Statistical return of the lunatic asylum in Assam - 1912-1932
Year: 1912
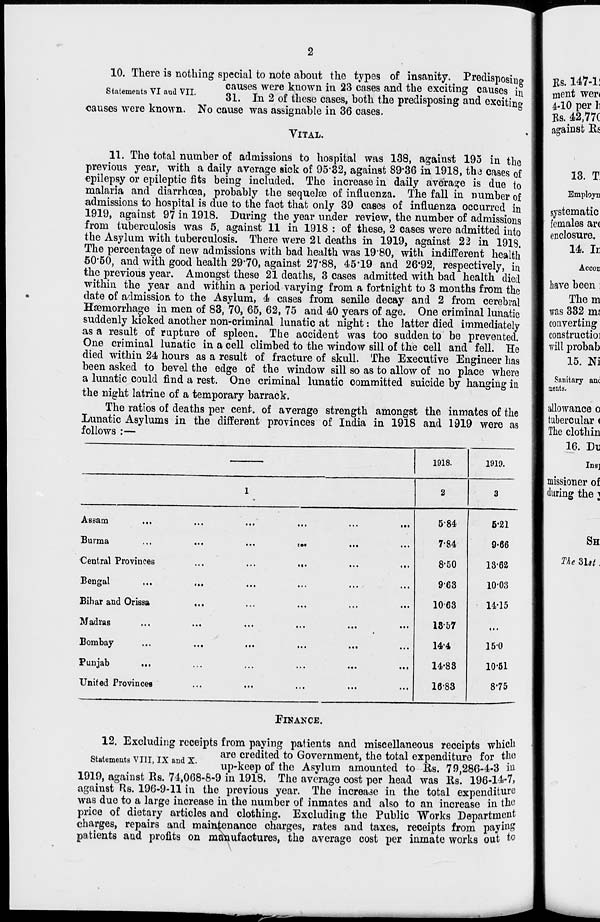
10. There is nothing special to note about the types of insanity. Predisposing
causes were known in 23 cases and the exciting causes in
Statements VI and VII.
01
T
n
- ,,
i , r .-,
v
• _ ° i
.,. u
31. In 2 of these cases, both the predisposing and excitin»
causes were known. No cause was assignable in 36 cases.
VITAL.
11. The total number of admissions to hospital was 138, against 195 in the
previous year, with a daily average sick of 95'32, against 89*36 in 1918, tha cases of
epilepsy or epileptic fits being included. The increase in daily average is due to
malaria and diarrhoea, probably the sequelae of influenza. The fall in number of
admissions to hospital is due to the fact that only 39 cases of influenza occurred in
1919, against 97 in 1918. During the year under review, the number of admissions
from tuberculosis was 5, against 11 in 1918 : of these, 2 cases were admitted into
the Asylum with tuberculosis. There were 21 deaths in 1919, against 22 in 1918.
The percentage of new admissions with bad health was 19 80, with indifferent health
50'50, and with good health 29*70, against 27*88, 45*19 and 26*92, respectively, in
the previous year. Amongst these 21 deaths, 3 cases admitted with bad health died
within the year and within a period varying from a fortnight to 3 months from the
date of admission to the Asylum, 4 cases from senile decay and 2 from cerebral
Haemorrhage in men of 83, 70, 65, 62, 75 and 40 years of age. One criminal lunatic
suddenly kicked another non-criminal lunatic at night: the latter died immediately
as a result of rupture of spleen. The accident was too sudden to be prevented.
One criminal lunatic in a cell climbed to the window sill of the cell and fell. He
died within 24 hours as a result of fracture of skull. The Executive Engineer has
been asked to bevel the edge of the window sill so as to allow of no place where
a lunatic could find a rest. One criminal lunatic committed suicide by hanging ia
the night latrine of a temporary barrack.
The ratios of deaths per cent, of average strength amongst the inmates of the
Lunatic Asylums in the different provinces of India in 1918 and 1919 were as
follows :—
1918.
1919.
1
2
3
Assam
...
...
...
...
...
• ••
5-84
6-21
Burma
...
...
r»«
• • t
...
7-84
9-66
Central Provinces
...
...
• «.
...
...
8*50
13-62
Bengal
...
...
...
...
...
963
10-03
Bihar and Orissa
• «.
...
...
...
...
1063
14-15
Madras
...
...
...
...
...
18*57
t • •
Bombay
...
...
...
...
...
14*4
150
Punjab
...
...
...
.«.
*••
14-83
10-51
United Provinces
...
...
...
...
...
16-83
8-75
FINANCE.
12. Excluding receipts from paying patients and miscellaneous receipts which
,,... TV , _
are credited to Government, the total expenditure for the
statements viii, IX and x.
up . keep 0 f the Asylum amounted to Ks. 79,286-4-3 in
1919, against Es. 74,068-8-9 in 1918. The average cost per head was Ks. 196-U-7,
against Rs. 196-9-11 in the previous year. The increase in the total expenditure
was due to a large increase in the number of inmates and also to an increase in thtf
price of dietary articles and clothing. Excluding the Public Works Department
charges, repairs and maintenance charges, rates and taxes, receipts from paying
patients and profits on manufactures, the average cost per inmate works out to
mam